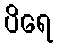
ပိရေ